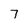
Character: 7